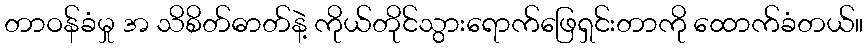
တာဝန်ခံမှု အ သိစိတ်ဓာတ်နဲ့ ကိုယ်တိုင်သွားရောက်ဖြေရှင်းတာကို ထောက်ခံတယ်။